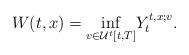
LaTeX: \begin{align*}W(t,x)=\underset{v\in\mathcal{U}^{t}[t,T]}{\inf}Y_{t}^{t,x;v}.\end{align*}